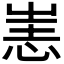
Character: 𢙌